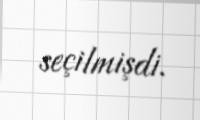
seçilmişdi.